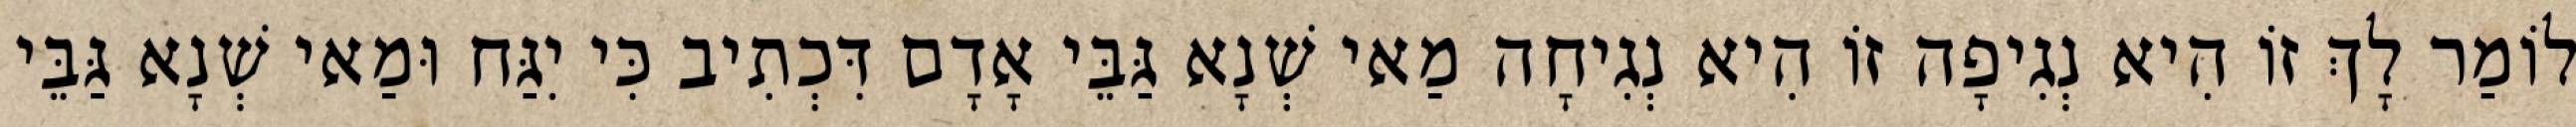
לוֹמַר לָךְ זוֹ הִיא נְגִיפָה זוֹ הִיא נְגִיחָה מַאי שְׁנָא גַּבֵּי אָדָם דִּכְתִיב כִּי יִגַּח וּמַאי שְׁנָא גַּבֵּי